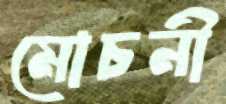
মোচনী